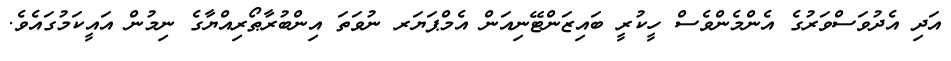
އަދި އެދުވަސްވަރުގެ އެންމެންވެސް ހީކުރީ ބައިޒަންޓޭނިއަން އެމްޕަޔަރ ނުވަތަ އިންބުރާޠޯރިއްޔާގެ ނިމުން އައީކަމުގައެވެ.